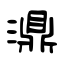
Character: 濎